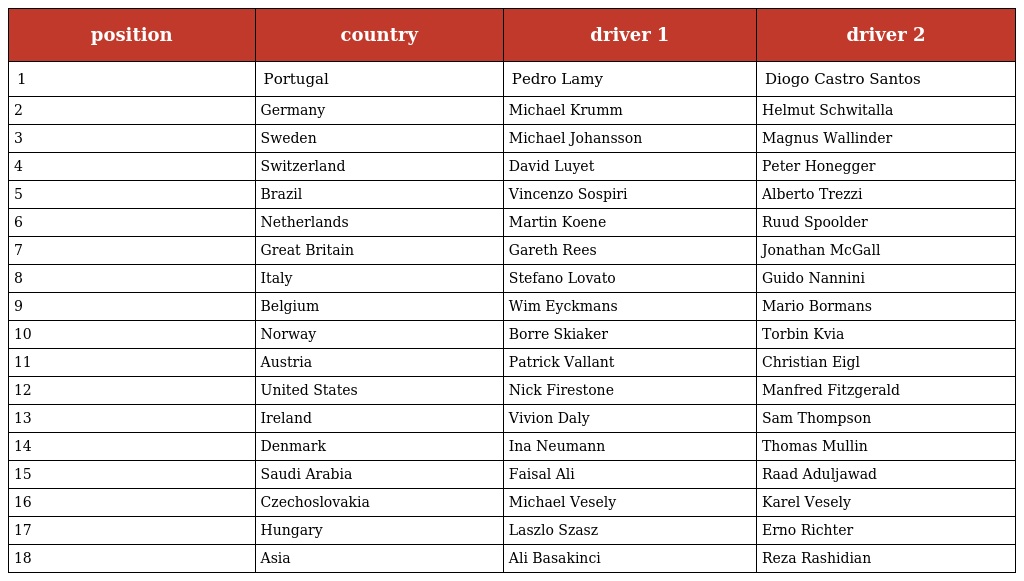
| position | country | driver 1 | driver 2 |
 | --- | --- | --- | --- |
 | 1 | Portugal | Pedro Lamy | Diogo Castro Santos |
 | 2 | Germany | Michael Krumm | Helmut Schwitalla |
 | 3 | Sweden | Michael Johansson | Magnus Wallinder |
 | 4 | Switzerland | David Luyet | Peter Honegger |
 | 5 | Brazil | Vincenzo Sospiri | Alberto Trezzi |
 | 6 | Netherlands | Martin Koene | Ruud Spoolder |
 | 7 | Great Britain | Gareth Rees | Jonathan McGall |
 | 8 | Italy | Stefano Lovato | Guido Nannini |
 | 9 | Belgium | Wim Eyckmans | Mario Bormans |
 | 10 | Norway | Borre Skiaker | Torbin Kvia |
 | 11 | Austria | Patrick Vallant | Christian Eigl |
 | 12 | United States | Nick Firestone | Manfred Fitzgerald |
 | 13 | Ireland | Vivion Daly | Sam Thompson |
 | 14 | Denmark | Ina Neumann | Thomas Mullin |
 | 15 | Saudi Arabia | Faisal Ali | Raad Aduljawad |
 | 16 | Czechoslovakia | Michael Vesely | Karel Vesely |
 | 17 | Hungary | Laszlo Szasz | Erno Richter |
 | 18 | Asia | Ali Basakinci | Reza Rashidian |